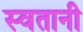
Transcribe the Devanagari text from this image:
स्वतानी